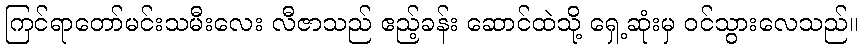
ကြင်ရာတော်မင်းသမီးလေး လီဇာသည် ဧည့်ခန်း ဆောင်ထဲသို့ ရှေ့ဆုံးမှ ဝင်သွားလေသည်။